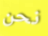
نحن